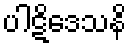
ပါဋိဒေသနိ